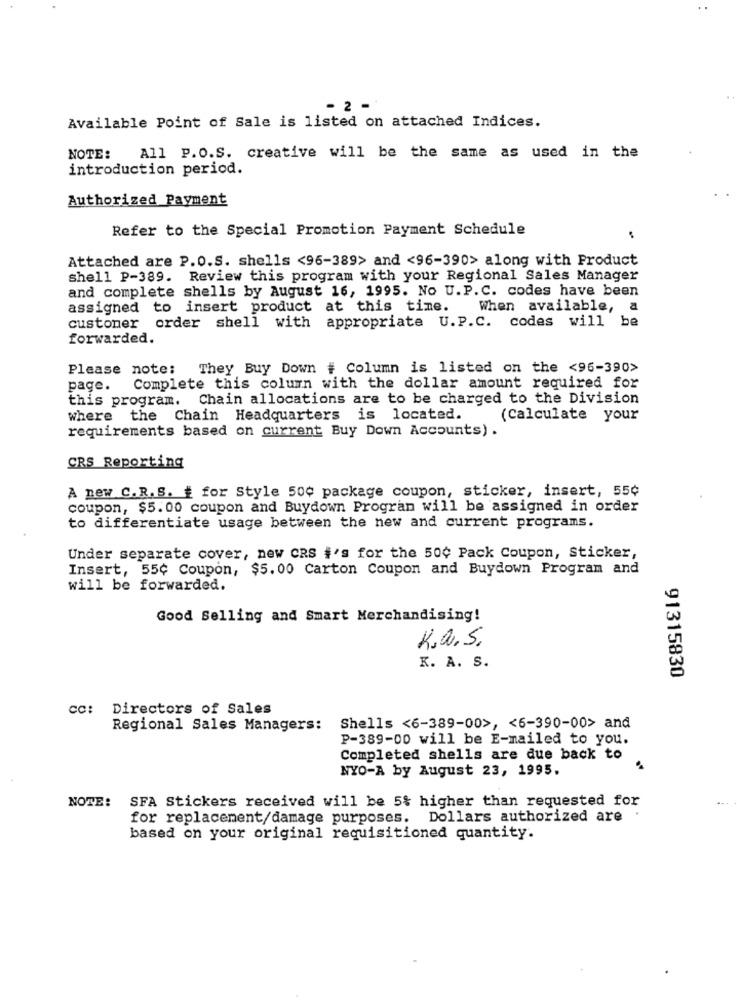
- 2 -
Available Point of Sale is listed on attached Indices.
NOTE:
All P.O.S. creative will be the same as used in the
introduction period.
Authorized Payment
Refer to the Special Promotion Payment Schedule
Attached are P.O.S. shells <96-389> and <96-390> along with Product
shell P-389. Review this program with your Regional Sales Manager
and complete shells by August 16, 1995. No U. P. C. codes have been
assigned to insert product at this time.
When available, a
customer order shell with appropriate U.P.C. codes will be
forwarded.
Please note: They Buy Down # Column is listed on the <96-390>
page.
Complete this column with the dollar amount required for
this program. Chain allocations are to be charged to the Division
where the Chain Headquarters is located.
(Calculate your
requirements based on current Buy Down Accounts).
CRS Reporting
A new C.R.S. # for Style 50¢ package coupon, sticker, insert, 55¢
coupon, $5.00 coupon and Buydown Program will be assigned in order
to differentiate usage between the new and current programs.
Under separate cover, new CRS #'s for the 50¢ Pack Coupon, Sticker,
Insert, 55¢ Coupon, $5.00 Carton Coupon and Buydown Program and
will be forwarded.
Good Selling and Smart Merchandising!
K.a.S.
K. A. S.
91315830
cc: Directors of Sales
Regional Sales Managers: Shells <6-389-00>, < 6-390-00> and
P-389-00 will be E-mailed to you.
Completed shells are due back to
NYO-A by August 23, 1995.
NOTE: SFA Stickers received will be 5% higher than requested for
for replacement/damage purposes. Dollars authorized are .
based on your original requisitioned quantity.